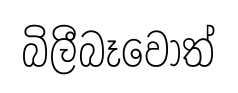
බිලීබෑවොත්